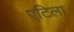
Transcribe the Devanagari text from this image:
एटिला